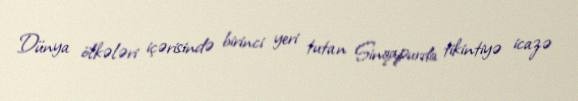
Dünya ölkələri içərisində birinci yeri tutan Sinqapurda tikintiyə icazə